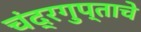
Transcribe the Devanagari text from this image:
चंद्रगुप्ताचे